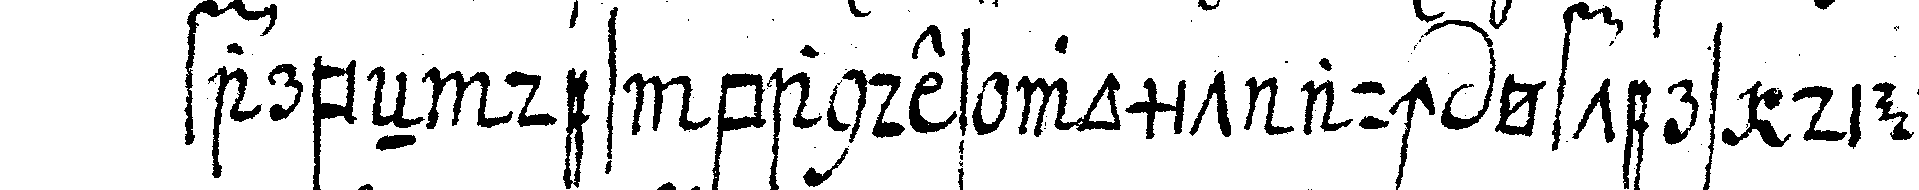
farbeN des bandes womit auch öfters die schür